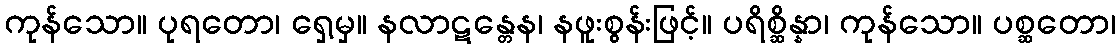
ကုန်သော။ ပုရတော၊ ရှေ့မှ။ နလာဋန္တေန၊ နဖူးစွန်းဖြင့်။ ပရိစ္ဆိန္နာ၊ ကုန်သော။ ပစ္ဆတော၊